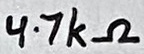
Text: 4.7kΩ